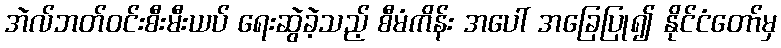
အဲလ်ဘတ်ဝင်းစီးမီးယပ် ရေးဆွဲခဲ့သည့် စီမံကိန်း အပေါ် အခြေပြု၍ နိုင်ငံတော်မှ